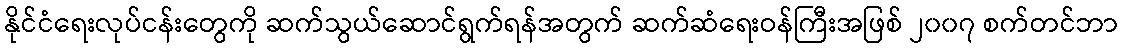
နိုင်ငံရေးလုပ်ငန်းတွေကို ဆက်သွယ်ဆောင်ရွက်ရန်အတွက် ဆက်ဆံရေးဝန်ကြီးအဖြစ် ၂၀၀၇ စက်တင်ဘာ